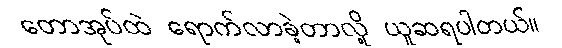
တောအုပ်ထဲ ရောက်လာခဲ့တာလို့ ယူဆရပါတယ်။